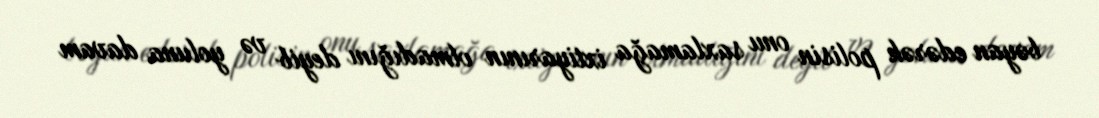
bəyan edərək polisin onu saxlamağa ixtiyarının olmadığını deyib və yoluna davam